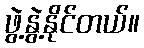
ဖွဲ့နွဲ့နိုင်တယ်။